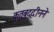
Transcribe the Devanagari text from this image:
कुतुबुद्दीनने